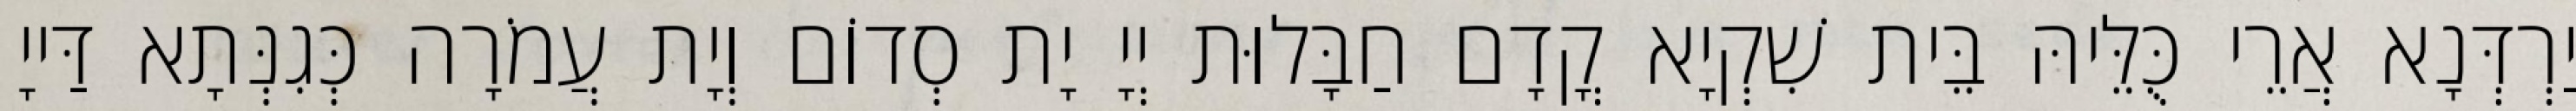
יַרְדְּנָא אֲרֵי כֻּלֵּיהּ בֵּית שִׁקְיָא קֳדָם חַבָּלוּת יְיָ יָת סְדוֹם וְיָת עֲמֹרָה כְּגִנְּתָא דַּייָ